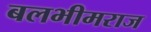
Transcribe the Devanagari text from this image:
बलभीमराज